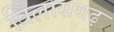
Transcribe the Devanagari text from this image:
विलासगढ़